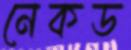
নেকড